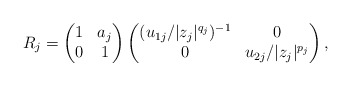
\begin{align*}R_j = \begin{pmatrix} 1&a_j\\0&1\end{pmatrix}\begin{pmatrix} (u_{1j}/|z_j|^{q_j})^{-1}&0\\0&u_{2j}/|z_j|^{p_j}\end{pmatrix},\end{align*}